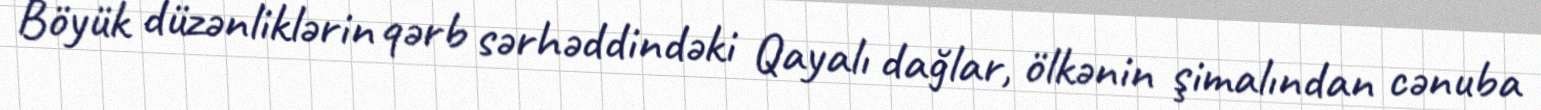
Böyük düzənliklərin qərb sərhəddindəki Qayalı dağlar, ölkənin şimalından cənuba